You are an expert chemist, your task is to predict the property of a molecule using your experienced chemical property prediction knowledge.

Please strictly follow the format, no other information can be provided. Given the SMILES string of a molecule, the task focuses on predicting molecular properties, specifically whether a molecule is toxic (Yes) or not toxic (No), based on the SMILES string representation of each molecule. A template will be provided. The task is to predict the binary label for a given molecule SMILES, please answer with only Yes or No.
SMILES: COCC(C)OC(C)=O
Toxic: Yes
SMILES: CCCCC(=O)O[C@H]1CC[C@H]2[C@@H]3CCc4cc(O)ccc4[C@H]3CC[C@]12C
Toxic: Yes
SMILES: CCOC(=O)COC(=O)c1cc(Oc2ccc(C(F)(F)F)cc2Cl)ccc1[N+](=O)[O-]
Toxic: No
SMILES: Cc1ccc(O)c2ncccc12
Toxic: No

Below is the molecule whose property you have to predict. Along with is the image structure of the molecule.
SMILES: O=c1[nH]cc(F)c(=O)[nH]1
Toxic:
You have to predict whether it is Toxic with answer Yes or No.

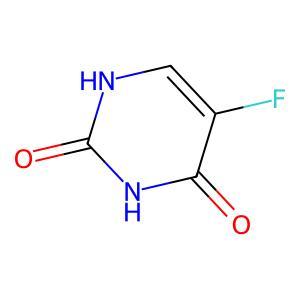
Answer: No